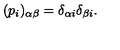
( p _ { i } ) _ { \alpha \beta } = \delta _ { \alpha i } \delta _ { \beta i } .